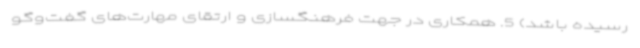
رسیده باشد) 5. همکاری در جهت فرهنگسازی و ارتقای مهارت‌های گفت‌وگو